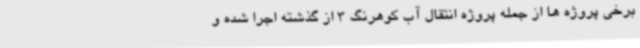
برخی پروژه ها از جمله پروژه انتقال آب کوهرنگ 3 از گذشته اجرا شده و